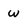
Character: w